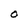
Character: O